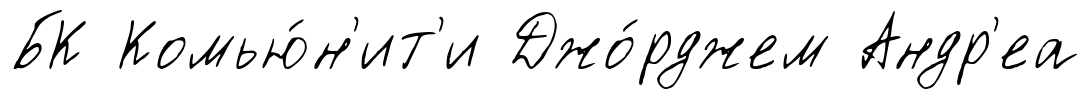
БК Комью́н'ит'и Джо́рджем Андр'еа